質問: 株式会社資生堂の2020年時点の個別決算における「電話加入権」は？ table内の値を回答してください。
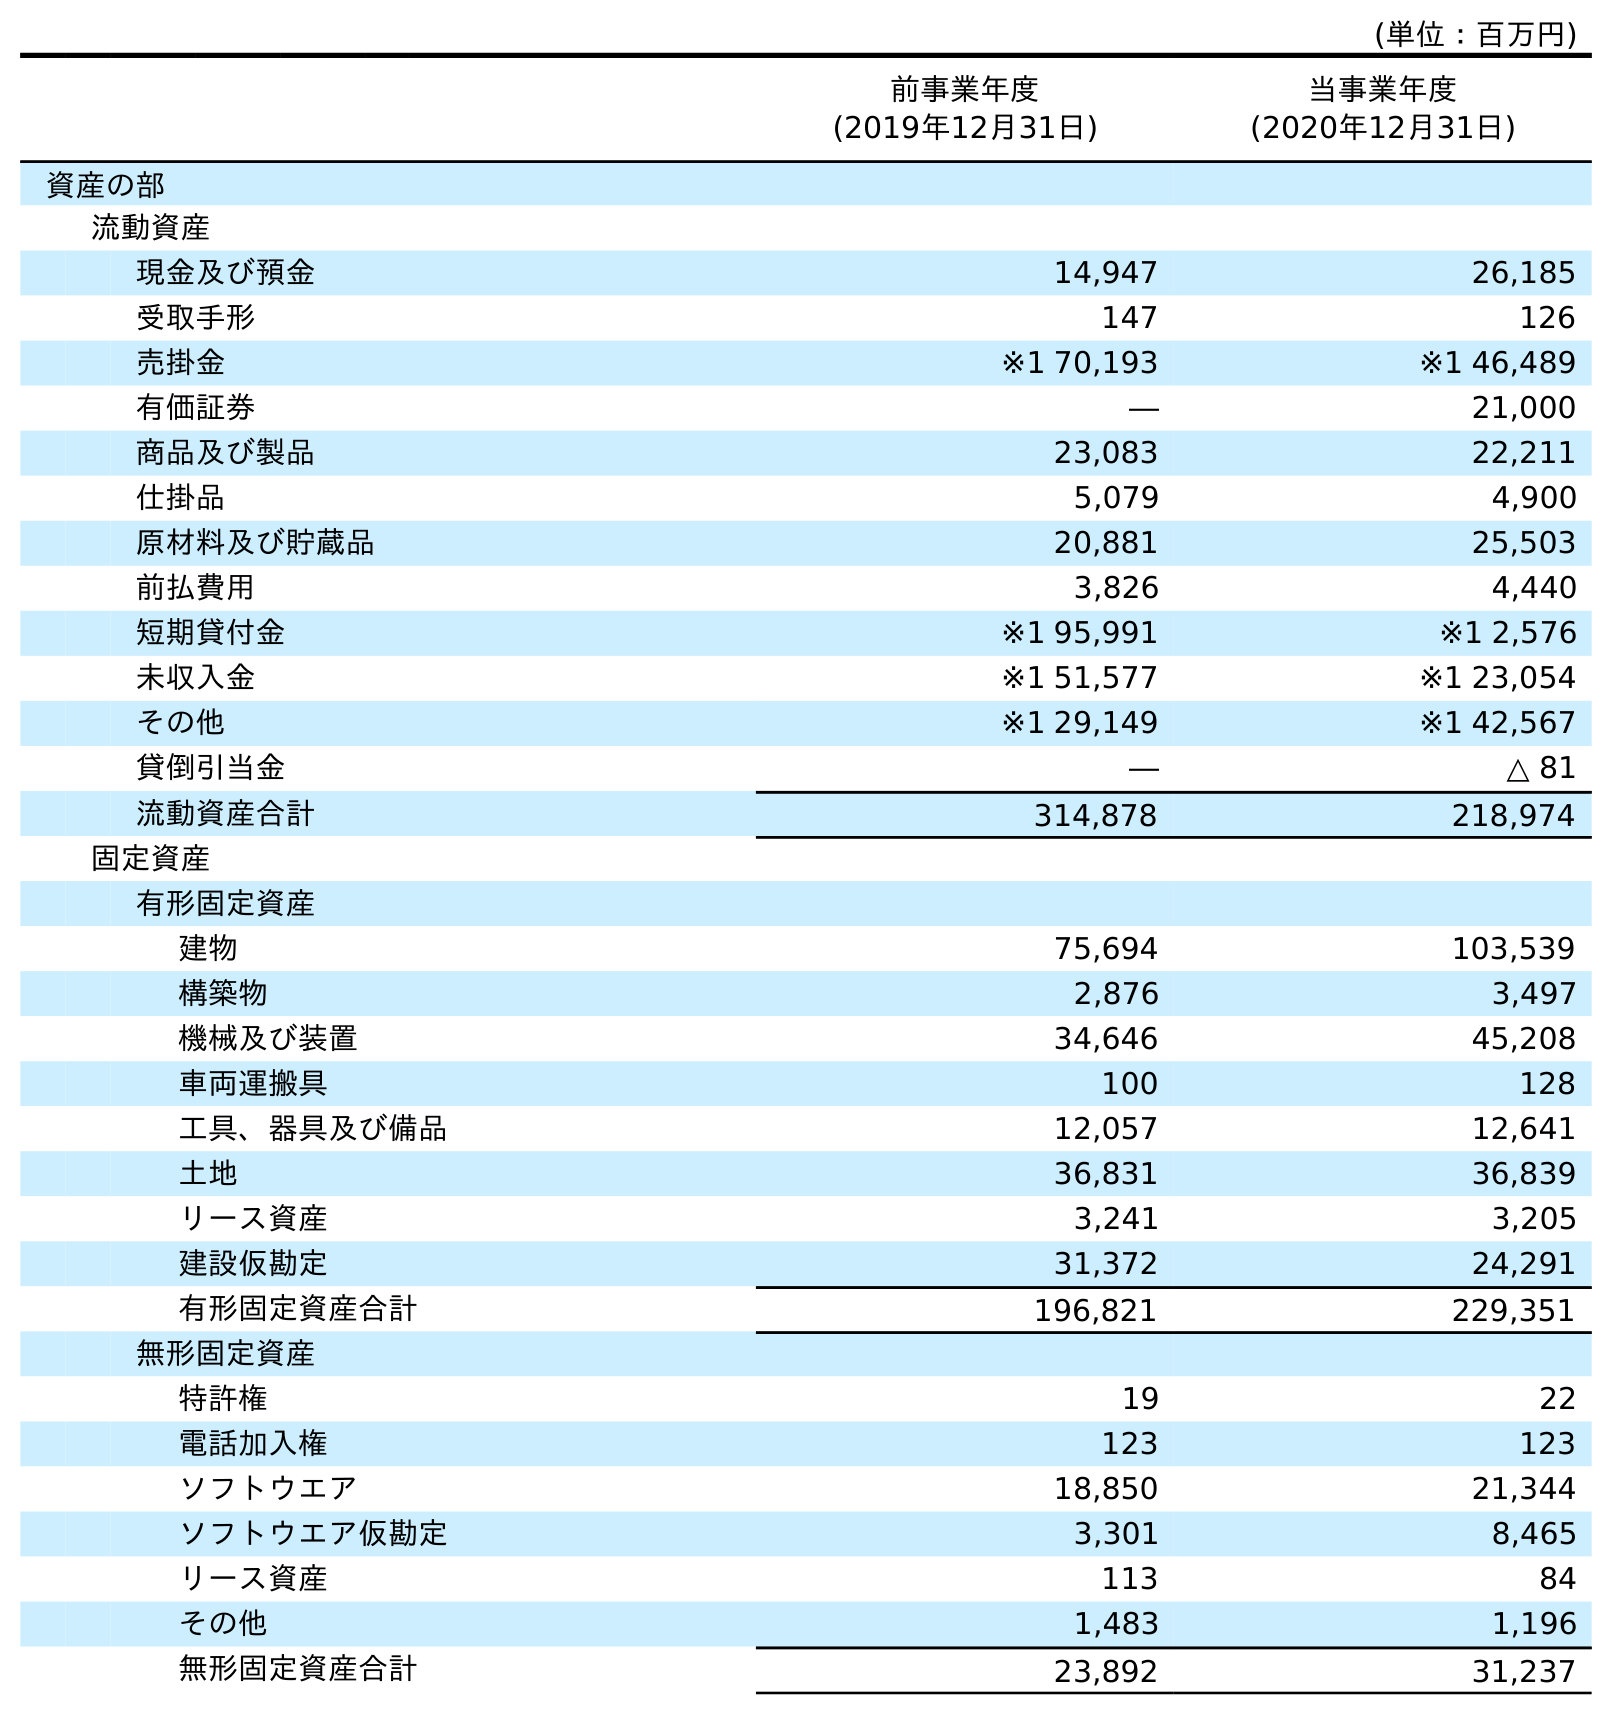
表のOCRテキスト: (単位：百万円) 前事業年度 (2019年12月31日) 当事業年度 (2020年12月31日) 資産の部 流動資産 現金及び預金 14,947 26,185 受取手形 147 126 売掛金 ※1 70,193 ※1 46,489 有価証券 ― 21,000 商品及び製品 23,083 22,211 仕掛品 5,079 4,900 原材料及び貯蔵品 20,881 25,503 前払費用 3,826 4,440 短期貸付金 ※1 95,991 ※1 2,576 未収入金 ※1 51,577 ※1 23,054 その他 ※1 29,149 ※1 42,567 貸倒引当金 ― △ 81 流動資産合計 314,878 218,974 固定資産 有形固定資産 建物 75,694 103,539 構築物 2,876 3,497 機械及び装置 34,646 45,208 車両運搬具 100 128 工具、器具及び備品 12,057 12,641 土地 36,831 36,839 リース資産 3,241 3,205 建設仮勘定 31,372 24,291 有形固定資産合計 196,821 229,351 無形固定資産 特許権 19 22 電話加入権 123 123 ソフトウエア 18,850 21,344 ソフトウエア仮勘定 3,301 8,465 リース資産 113 84 その他 1,483 1,196 無形固定資産合計 23,892 31,237
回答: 123